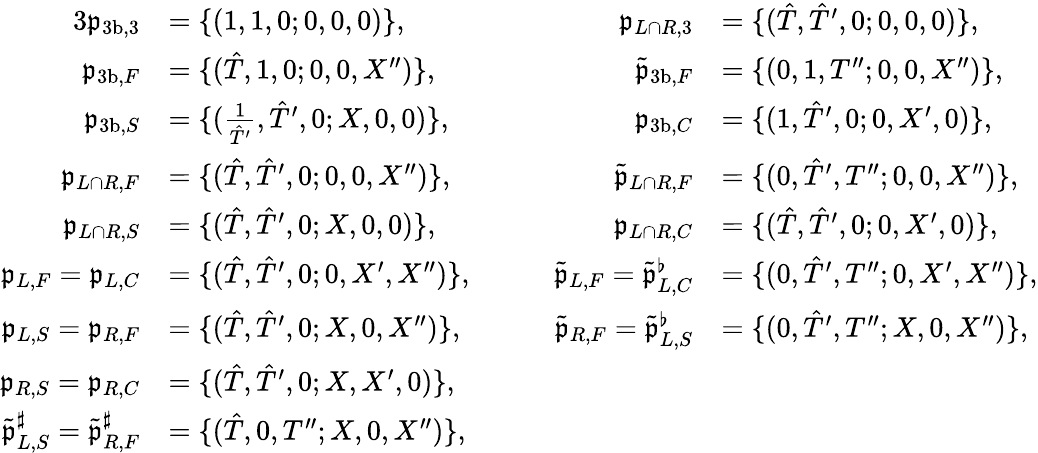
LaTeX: \begin{array}{rlrl}{{3}\mathfrak{p}_{{3\mathrm{b}},3}}&{=\{ (1,1,0;0,0,0)\} ,}&{\qquad\mathfrak{p}_{L\cap R,3}}&{=\{ (\hat{T},\hat{T}^{\prime},0;0,0,0)\} ,}\\ {\mathfrak{p}_{{3\mathrm{b}},F}}&{=\{ (\hat{T},1,0;0,0,X^{\prime\prime})\} ,}&{\qquad\tilde{\mathfrak{p}}_{{3\mathrm{b}},F}}&{=\{ (0,1,T^{\prime\prime};0,0,X^{\prime\prime})\} ,}\\ {\mathfrak{p}_{{3\mathrm{b}},S}}&{=\{ (\frac{1}{\hat{T}^{\prime}},\hat{T}^{\prime},0;X,0,0)\} ,}&{\qquad\mathfrak{p}_{{3\mathrm{b}},C}}&{=\{ (1,\hat{T}^{\prime},0;0,X^{\prime},0)\} ,}\\ {\mathfrak{p}_{L\cap R,F}}&{=\{ (\hat{T},\hat{T}^{\prime},0;0,0,X^{\prime\prime})\} ,}&{\qquad\tilde{\mathfrak{p}}_{L\cap R,F}}&{=\{ (0,\hat{T}^{\prime},T^{\prime\prime};0,0,X^{\prime\prime})\} ,}\\ {\mathfrak{p}_{L\cap R,S}}&{=\{ (\hat{T},\hat{T}^{\prime},0;X,0,0)\} ,}&{\qquad\mathfrak{p}_{L\cap R,C}}&{=\{ (\hat{T},\hat{T}^{\prime},0;0,X^{\prime},0)\} ,}\\ {\mathfrak{p}_{L,F}=\mathfrak{p}_{L,C}}&{=\{ (\hat{T},\hat{T}^{\prime},0;0,X^{\prime},X^{\prime\prime})\} ,}&{\qquad\tilde{\mathfrak{p}}_{L,F}=\tilde{\mathfrak{p}}_{L,C}^{\flat}}&{=\{ (0,\hat{T}^{\prime},T^{\prime\prime};0,X^{\prime},X^{\prime\prime})\} ,}\\ {\mathfrak{p}_{L,S}=\mathfrak{p}_{R,F}}&{=\{ (\hat{T},\hat{T}^{\prime},0;X,0,X^{\prime\prime})\} ,}&{\qquad\tilde{\mathfrak{p}}_{R,F}=\tilde{\mathfrak{p}}_{L,S}^{\flat}}&{=\{ (0,\hat{T}^{\prime},T^{\prime\prime};X,0,X^{\prime\prime})\} ,}\\ {\mathfrak{p}_{R,S}=\mathfrak{p}_{R,C}}&{=\{ (\hat{T},\hat{T}^{\prime},0;X,X^{\prime},0)\} ,}\\ {\tilde{\mathfrak{p}}_{L,S}^{\sharp}=\tilde{\mathfrak{p}}_{R,F}^{\sharp}}&{=\{ (\hat{T},0,T^{\prime\prime};X,0,X^{\prime\prime})\} ,}\end{array}